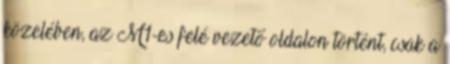
közelében, az M1-es felé vezető oldalon történt, csak a